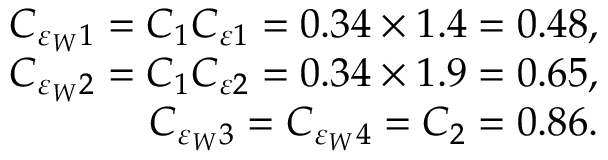
\begin{array} { r l r } & { } & { C _ { \varepsilon _ { W } 1 } = C _ { 1 } C _ { \varepsilon 1 } = 0 . 3 4 \times 1 . 4 = 0 . 4 8 , } \\ & { } & { C _ { \varepsilon _ { W } 2 } = C _ { 1 } C _ { \varepsilon 2 } = 0 . 3 4 \times 1 . 9 = 0 . 6 5 , } \\ & { } & { C _ { \varepsilon _ { W } 3 } = C _ { \varepsilon _ { W } 4 } = C _ { 2 } = 0 . 8 6 . } \end{array}